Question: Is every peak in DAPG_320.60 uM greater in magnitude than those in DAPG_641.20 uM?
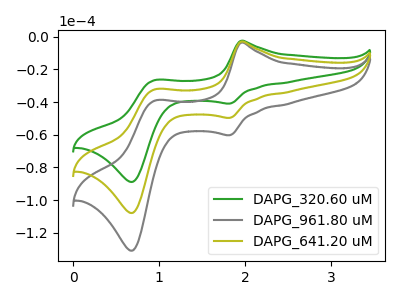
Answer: <think>The green curve "DAPG_320.60 uM" has anodic peaks at (1.95V, -2.45uA) (0.95V, -26.55uA) and cathodic peaks at (1.80V, -40.90uA) (0.70V, -88.85uA). The gray curve "DAPG_961.80 uM" has anodic peaks at (1.95V, -5.95uA) (0.95V, -64.45uA) and cathodic peaks at (1.80V, -99.30uA) (0.70V, -215.65uA). The olive curve "DAPG_641.20 uM" has anodic peaks at (1.95V, -2.95uA) (0.95V, -32.25uA) and cathodic peaks at (1.80V, -49.65uA) (0.70V, -107.85uA).</think>
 <answer>The peaks in "DAPG_320.60 uM" are neither all higher or all lower than the peaks in "DAPG_641.20 uM".</answer>
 <eval>mixed</eval>